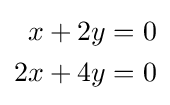
{\begin{alignedat}{5}x+2y=0\\2x+4y=0\end{alignedat}}